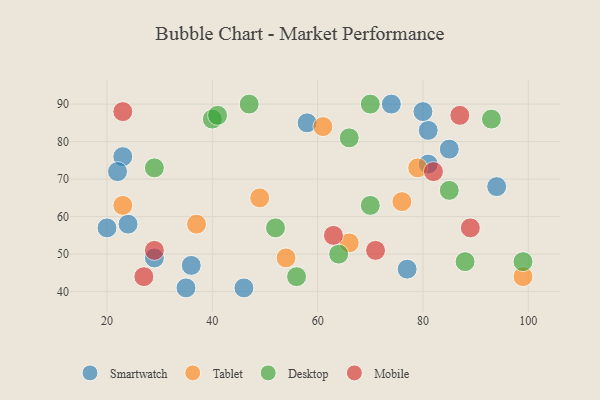
{"axis": {"x": "GDP", "y": "Life Expectancy"}, "legend": ["Desktop", "Mobile", "Smartwatch", "Tablet"], "data": [{"x": "20", "y": 57, "type": "Smartwatch"}, {"x": "81", "y": 74, "type": "Smartwatch"}, {"x": "81", "y": 83, "type": "Smartwatch"}, {"x": "46", "y": 41, "type": "Smartwatch"}, {"x": "23", "y": 76, "type": "Smartwatch"}, {"x": "94", "y": 68, "type": "Smartwatch"}, {"x": "58", "y": 85, "type": "Smartwatch"}, {"x": "29", "y": 49, "type": "Smartwatch"}, {"x": "80", "y": 88, "type": "Smartwatch"}, {"x": "22", "y": 72, "type": "Smartwatch"}, {"x": "36", "y": 47, "type": "Smartwatch"}, {"x": "77", "y": 46, "type": "Smartwatch"}, {"x": "85", "y": 78, "type": "Smartwatch"}, {"x": "74", "y": 90, "type": "Smartwatch"}, {"x": "24", "y": 58, "type": "Smartwatch"}, {"x": "35", "y": 41, "type": "Smartwatch"}, {"x": "79", "y": 73, "type": "Tablet"}, {"x": "61", "y": 84, "type": "Tablet"}, {"x": "49", "y": 65, "type": "Tablet"}, {"x": "37", "y": 58, "type": "Tablet"}, {"x": "66", "y": 53, "type": "Tablet"}, {"x": "99", "y": 44, "type": "Tablet"}, {"x": "23", "y": 63, "type": "Tablet"}, {"x": "54", "y": 49, "type": "Tablet"}, {"x": "76", "y": 64, "type": "Tablet"}, {"x": "99", "y": 48, "type": "Desktop"}, {"x": "64", "y": 50, "type": "Desktop"}, {"x": "66", "y": 81, "type": "Desktop"}, {"x": "40", "y": 86, "type": "Desktop"}, {"x": "47", "y": 90, "type": "Desktop"}, {"x": "70", "y": 90, "type": "Desktop"}, {"x": "85", "y": 67, "type": "Desktop"}, {"x": "56", "y": 44, "type": "Desktop"}, {"x": "41", "y": 87, "type": "Desktop"}, {"x": "70", "y": 63, "type": "Desktop"}, {"x": "88", "y": 48, "type": "Desktop"}, {"x": "93", "y": 86, "type": "Desktop"}, {"x": "29", "y": 73, "type": "Desktop"}, {"x": "52", "y": 57, "type": "Desktop"}, {"x": "82", "y": 72, "type": "Mobile"}, {"x": "63", "y": 55, "type": "Mobile"}, {"x": "87", "y": 87, "type": "Mobile"}, {"x": "89", "y": 57, "type": "Mobile"}, {"x": "27", "y": 44, "type": "Mobile"}, {"x": "71", "y": 51, "type": "Mobile"}, {"x": "29", "y": 51, "type": "Mobile"}, {"x": "23", "y": 88, "type": "Mobile"}]}